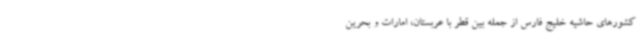
کشورهای حاشیه خلیج فارس از جمله بین قطر با عربستان، امارات و بحرین